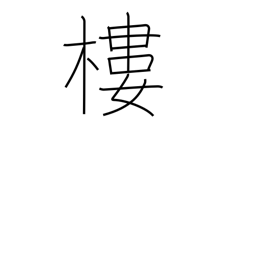
Meaning: turret